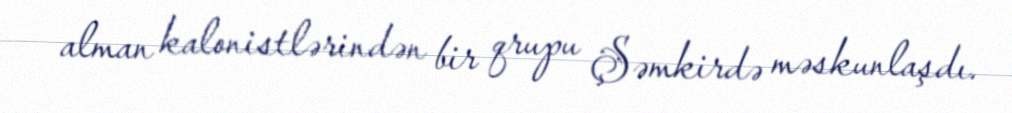
alman kalonistlərindən bir qrupu Şəmkirdə məskunlaşdı.